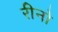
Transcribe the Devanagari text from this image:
रीनो